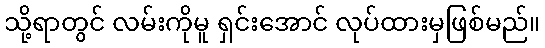
သို့ရာတွင် လမ်းကိုမူ ရှင်းအောင် လုပ်ထားမှဖြစ်မည်။